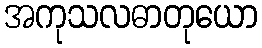
အကုသလဓာတုယော